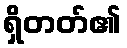
ရှိတတ်၏